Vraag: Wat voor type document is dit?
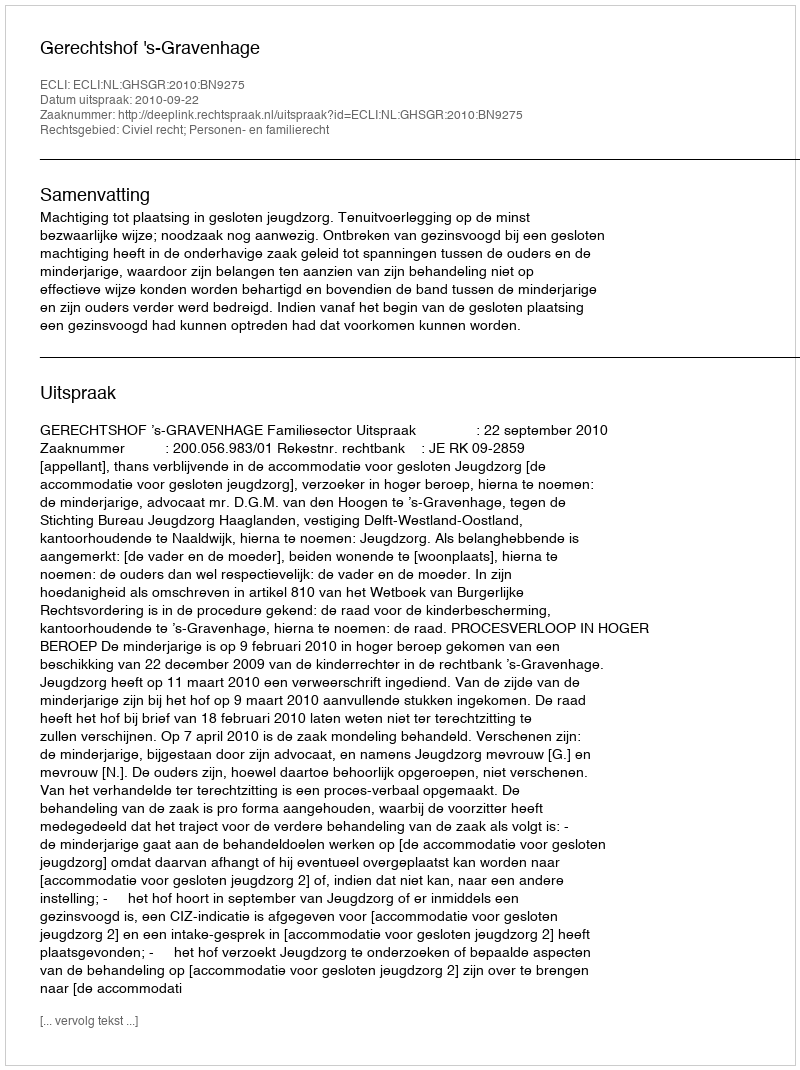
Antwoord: Uitspraak